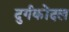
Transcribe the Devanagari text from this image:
दुर्गकोंदल